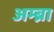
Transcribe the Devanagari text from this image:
अम्ब्रा